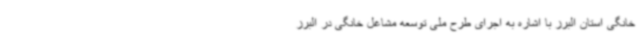
خانگی استان البرز با اشاره به اجرای طرح ملی توسعه مشاغل خانگی در البرز